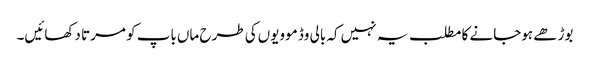
بوڑھے ہوجانے کا مطلب یہ نہیں‌کہ بالی وڈ موویوں‌کی طرح ماں‌باپ کو مرتا دکھائیں۔